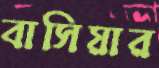
বাসিয়ার